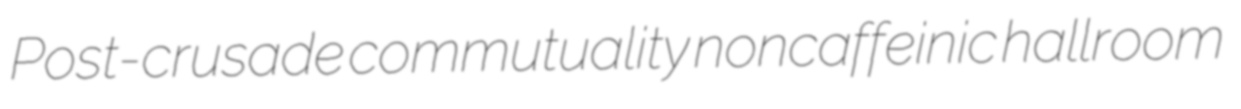
Post-crusade commutuality noncaffeinic hallroom